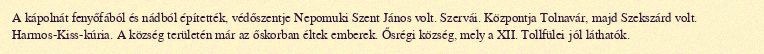
A kápolnát fenyőfából és nádból építették, védőszentje Nepomuki Szent János volt. Szervái. Központja Tolnavár, majd Szekszárd volt. Harmos-Kiss-kúria. A község területén már az őskorban éltek emberek. Ősrégi község, mely a XII. Tollfülei jól láthatók.